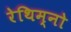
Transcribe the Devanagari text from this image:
रेथिम्नो